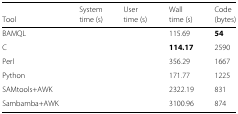
<table><thead><tr><td>[EMPTY_CELL]</td><td><b>System</b></td><td><b>User</b></td><td><b>Wall</b></td><td><b>Code</b></td></tr><tr><td><b>Tool</b></td><td><b>time (s)</b></td><td><b>time (s)</b></td><td><b>time (s)</b></td><td><b>(bytes)</b></td></tr></thead><tbody><tr><td>BAMQL</td><td>[EMPTY_CELL]</td><td>[EMPTY_CELL]</td><td>115.69</td><td><b>54</b></td></tr><tr><td>C</td><td>[EMPTY_CELL]</td><td>[EMPTY_CELL]</td><td><b>114.17</b></td><td>2590</td></tr><tr><td>Perl</td><td>[EMPTY_CELL]</td><td>[EMPTY_CELL]</td><td>356.29</td><td>1667</td></tr><tr><td>Python</td><td>[EMPTY_CELL]</td><td>[EMPTY_CELL]</td><td>171.77</td><td>1225</td></tr><tr><td>SAMtools+AWK</td><td>[EMPTY_CELL]</td><td>[EMPTY_CELL]</td><td>2322.19</td><td>831</td></tr><tr><td>Sambamba+AWK</td><td>[EMPTY_CELL]</td><td>[EMPTY_CELL]</td><td>3100.96</td><td>874</td></tr></tbody></table>